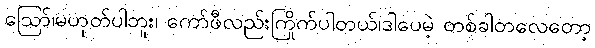
ဪ၊မဟုတ်ပါဘူး၊ ကော်ဖီလည်းကြိုက်ပါတယ်၊ဒါပေမဲ့ တစ်ခါတလေတော့